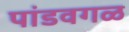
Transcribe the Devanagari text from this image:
पांडवगळ